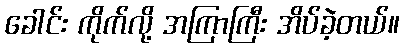
ခေါင်း ကိုက်လို့ အကြာကြီး အိပ်ခဲ့တယ်။